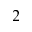
^ 2